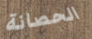
الحصانة